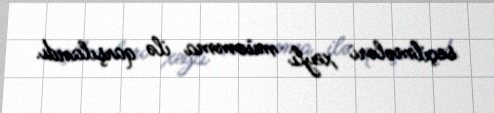
seçilmələri xeyli müəmma ilə qarşılandı.